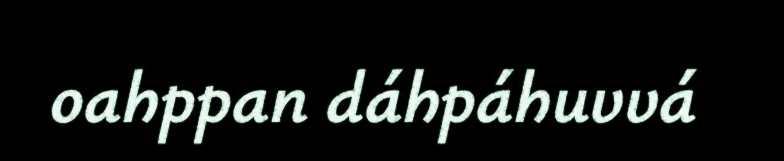
oahppan dáhpáhuvvá